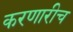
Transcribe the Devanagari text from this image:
करणारीच